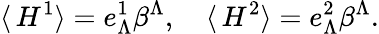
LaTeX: \langle\, H^{1}\rangle=e_{\Lambda}^{1}\beta^{\Lambda},\quad\langle\, H^{2}\rangle=e_{\Lambda}^{2}\beta^{\Lambda}.